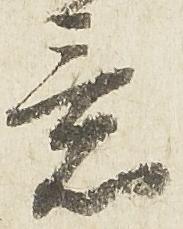
意